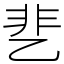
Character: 㐟